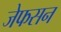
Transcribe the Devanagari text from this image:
जेफसन